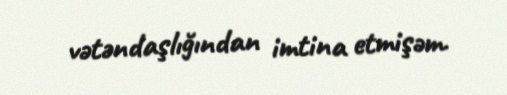
vətəndaşlığından imtina etmişəm.